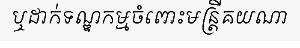
ឬដាក់ទណ្ឌកម្មចំពោះមន្ត្រីគយណា